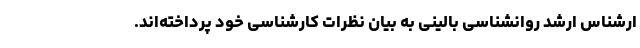
ارشناس ارشد روانشناسی بالینی به بیان نظرات کارشناسی خود پرداخته‌اند.